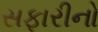
સફારીનો